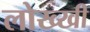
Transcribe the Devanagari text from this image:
लोख्खी